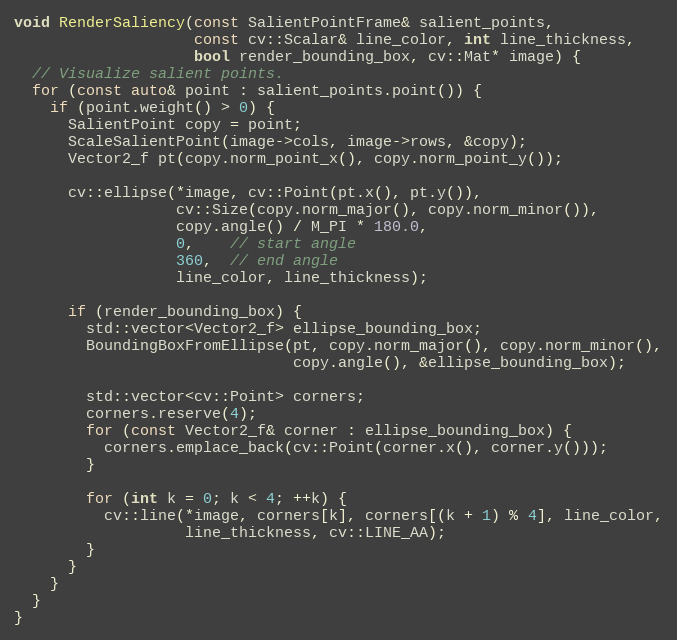
Language: C++
void RenderSaliency(const SalientPointFrame& salient_points,
                    const cv::Scalar& line_color, int line_thickness,
                    bool render_bounding_box, cv::Mat* image) {
  // Visualize salient points.
  for (const auto& point : salient_points.point()) {
    if (point.weight() > 0) {
      SalientPoint copy = point;
      ScaleSalientPoint(image->cols, image->rows, &copy);
      Vector2_f pt(copy.norm_point_x(), copy.norm_point_y());

      cv::ellipse(*image, cv::Point(pt.x(), pt.y()),
                  cv::Size(copy.norm_major(), copy.norm_minor()),
                  copy.angle() / M_PI * 180.0,
                  0,    // start angle
                  360,  // end angle
                  line_color, line_thickness);

      if (render_bounding_box) {
        std::vector<Vector2_f> ellipse_bounding_box;
        BoundingBoxFromEllipse(pt, copy.norm_major(), copy.norm_minor(),
                               copy.angle(), &ellipse_bounding_box);

        std::vector<cv::Point> corners;
        corners.reserve(4);
        for (const Vector2_f& corner : ellipse_bounding_box) {
          corners.emplace_back(cv::Point(corner.x(), corner.y()));
        }

        for (int k = 0; k < 4; ++k) {
          cv::line(*image, corners[k], corners[(k + 1) % 4], line_color,
                   line_thickness, cv::LINE_AA);
        }
      }
    }
  }
}